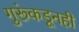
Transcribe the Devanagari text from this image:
गुरूंकडूनही